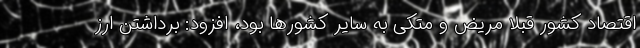
اقتصاد کشور قبلا مریض و متکی به سایر کشورها بود، افزود: برداشتن ارز